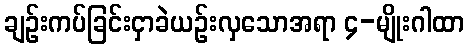
ချဉ်းကပ်ခြင်းငှာခဲယဉ်းလှသောအရာ ၄-မျိုးဂါထာ